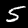
Digit: 5